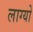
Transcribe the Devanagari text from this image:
लाग्यो